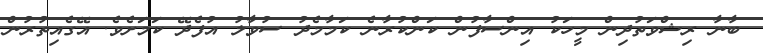
ބާނާ ރިޝްވަތުދިން މީހަކު އިންސާފުން ކަންކުރާނެ ކަމާމެދު ސުވާލު އުފެދޭ ކަމަށެވެ. އޭގެއިތުރުން